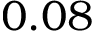
0 . 0 8